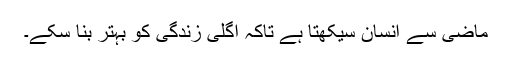
ماضی سے انسان سیکھتا ہے تاکہ اگلی زندگی کو بہتر بنا سکے۔